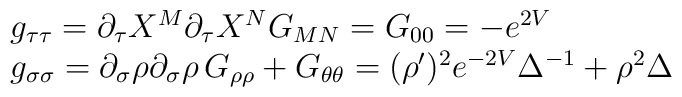
\begin{array}{l}g_{\tau\tau} = \partial_{\tau} X^M \partial_{\tau} X^N G_{MN} = G_{00} =-e^{2V} \\g_{\sigma\sigma} = \partial_{\sigma} \rho \partial_{\sigma} \rho\,G_{\rho\rho} + G_{\theta\theta} = (\rho^{\prime})^2 e^{-2V}\Delta^{-1} +\rho^2 \Delta\end{array}